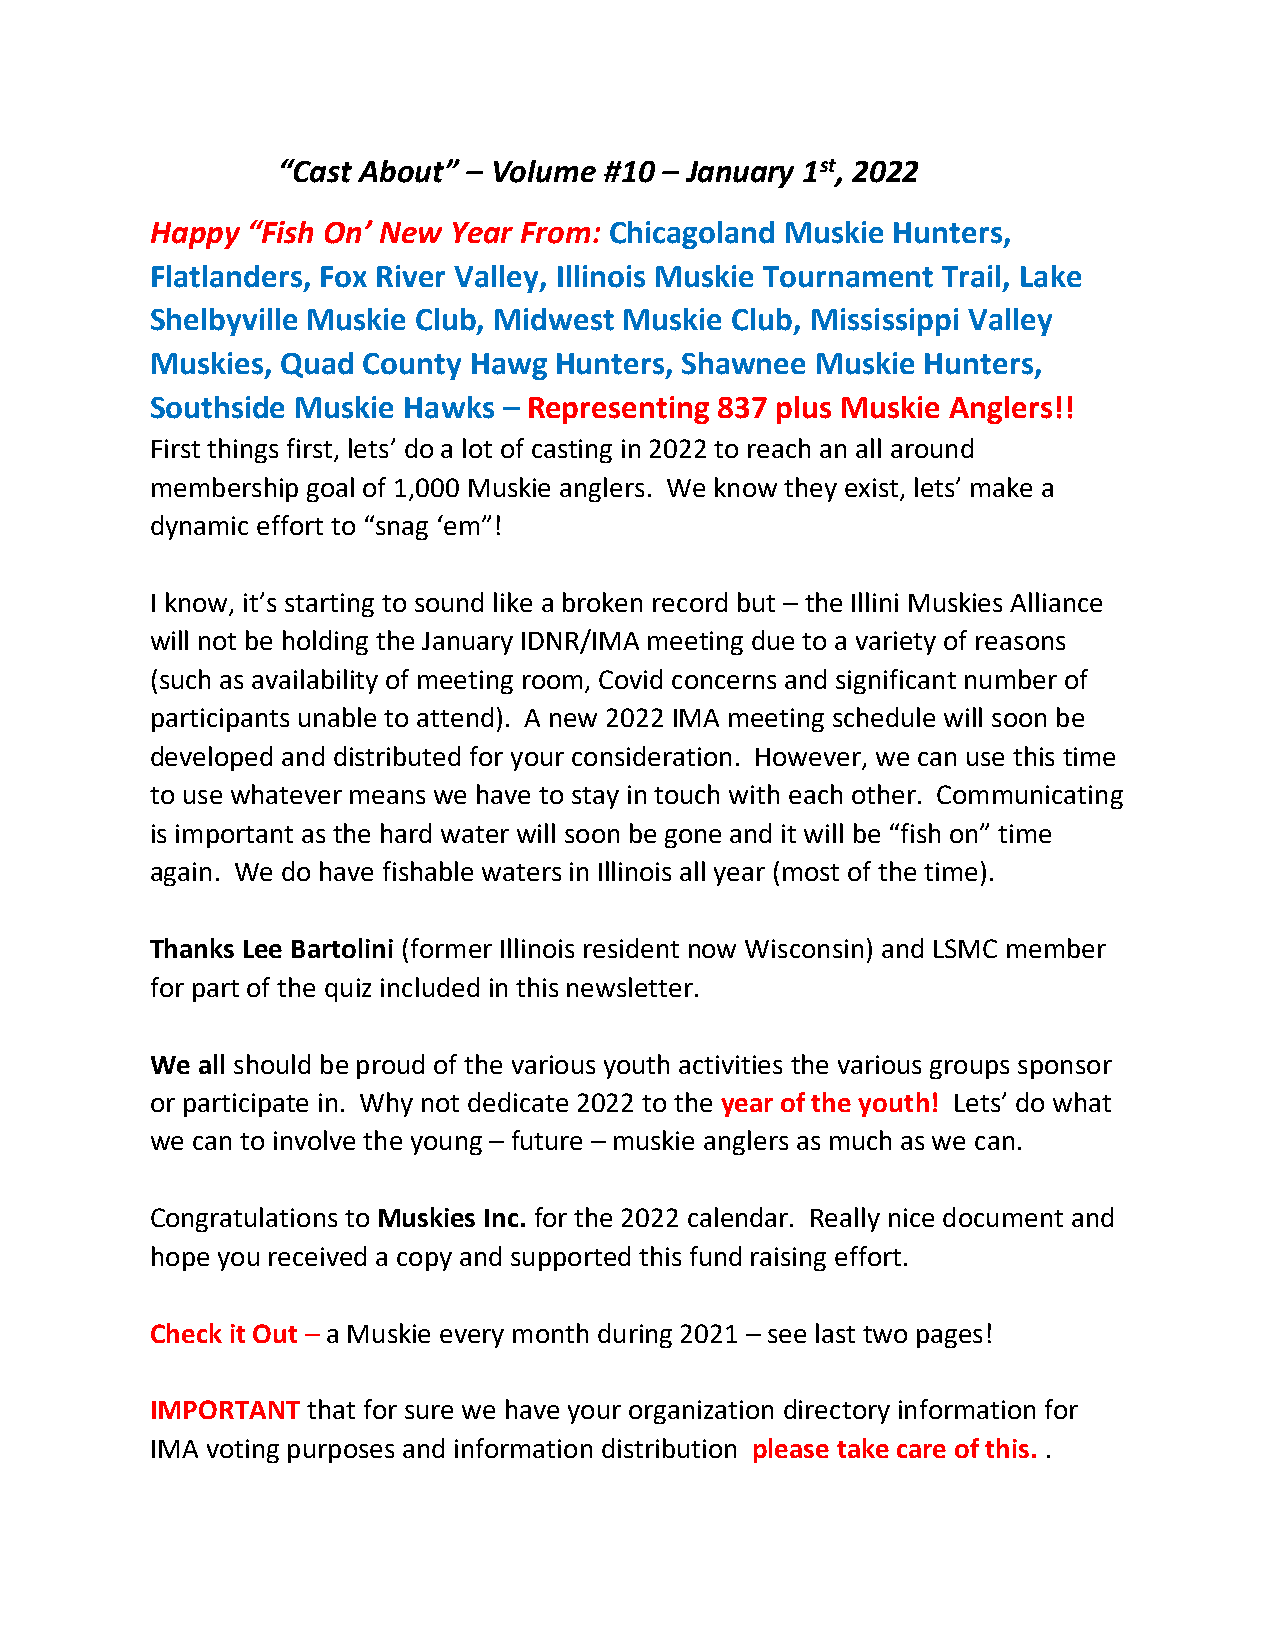
“Cast About” – Volume #10 – January 1st, 2022
 Happy “Fish On’ New Year From: Chicagoland Muskie Hunters,
 Flatlanders, Fox River Valley, Illinois Muskie Tournament Trail, Lake
 Shelbyville Muskie Club, Midwest Muskie Club, Mississippi Valley
 Muskies, Quad County Hawg  Hunters, Shawnee Muskie Hunters,
 Southside Muskie Hawks – Representing 837 plus Muskie Anglers!!
 First things first, lets’ do a lot of casting in 2022 to reach an all around
 membership goal of 1,000 Muskie anglers. We know they exist, lets’ make a
 dynamic effort to “snag ‘em”!
 I know, it’s starting to sound like a broken record but – the Illini Muskies Alliance
 will not be holding the January IDNR/IMA meeting due to a variety of reasons
 (such as availability of meeting room, Covid concerns and significant number of
 participants unable to attend). A new 2022 IMA meeting schedule will soon be
 developed and distributed for your consideration. However, we can use this time
 to use whatever means we have to stay in touch with each other. Communicating
 is important as the hard water will soon be gone and it will be “fish on” time
 again. We do have fishable waters in Illinois all year (most of the time).
 Thanks Lee Bartolini (former Illinois resident now Wisconsin) and LSMC member
 for part of the quiz included in this newsletter.
 We all should be proud of the various youth activities the various groups sponsor
 or participate in. Why not dedicate 2022 to the year of the youth! Lets’ do what
 we can to involve the young – future – muskie anglers as much as we can.
 Congratulations to Muskies Inc. for the 2022 calendar. Really nice document and
 hope you received a copy and supported this fund raising effort.
 Check it Out – a Muskie every month during 2021 – see last two pages!
 IMPORTANT that for sure we have your organization directory information for
 IMA voting purposes and information distribution please take care of this. .